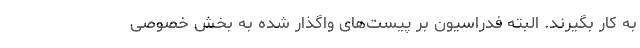
به کار بگیرند. البته فدراسیون بر پیست‌های واگذار شده به بخش خصوصی